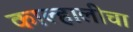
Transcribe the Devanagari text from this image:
काल्हालीचा